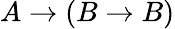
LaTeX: A\to(B\to B)